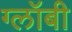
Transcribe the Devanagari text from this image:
ग्लॉबी